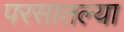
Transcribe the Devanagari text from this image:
परसातल्या